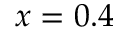
x = 0 . 4